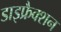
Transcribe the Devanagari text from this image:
डाइफ्रैक्शन